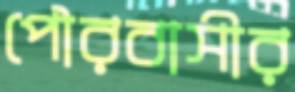
পৌরবাসীর